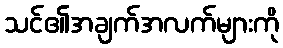
သင်၏အချက်အလက်များကို